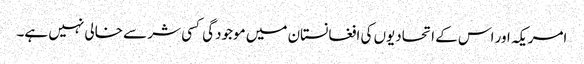
امریکہ اور اس کے اتحادیوں کی افغانستان میں موجودگی کسی شر سے خالی نہیں ہے۔